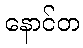
နောင်တ